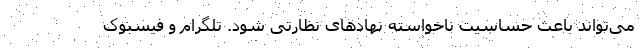
می‌تواند باعث حساسیت ناخواسته نهادهای نظارتی شود. تلگرام و فیسبوک